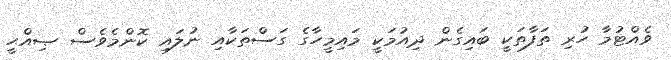
ވެއްޓުމާ ހުރި ތަފާތަކީ ބައިގެން ދިއުމަކީ މައިމީހާގެ ގަސްތަކާއި ނުލައި ކޮންމެވެސް ޞިއްޙީ